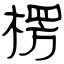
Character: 楞